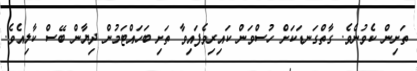
ތަށިން ކެވުނެވެ. ގާތްގަނޑަކަށް ހުސްވަން ކައިރިވެފައިވާ ތަށި ބަހައްޓަމުން ދިޔާން ބޭސް ކާލިއެވެ.